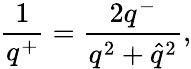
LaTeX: \frac{1}{q^{+}}=\frac{2q^{-}}{q^{2}+\hat{q}^{2}},